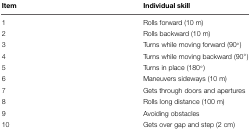
<table><thead><tr><td><b>Item</b></td><td><b>Individual skill</b></td></tr></thead><tbody><tr><td>1</td><td>Rolls forward (10 m)</td></tr><tr><td>2</td><td>Rolls backward (10 m)</td></tr><tr><td>3</td><td>Turns while moving forward (90∘)</td></tr><tr><td>4</td><td>Turns while moving backward (90∘)</td></tr><tr><td>5</td><td>Turns in place (180∘)</td></tr><tr><td>6</td><td>Maneuvers sideways (10 m)</td></tr><tr><td>7</td><td>Gets through doors and apertures</td></tr><tr><td>8</td><td>Rolls long distance (100 m)</td></tr><tr><td>9</td><td>Avoiding obstacles</td></tr><tr><td>10</td><td>Gets over gap and step (2 cm)</td></tr></tbody></table>